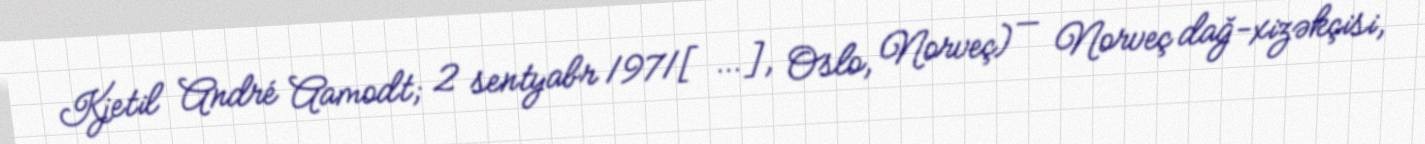
Kjetil André Aamodt; 2 sentyabr 1971[…], Oslo, Norveç) — Norveç dağ-xizəkçisi,